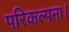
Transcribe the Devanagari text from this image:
परिकल्पना।